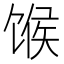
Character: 𫗯